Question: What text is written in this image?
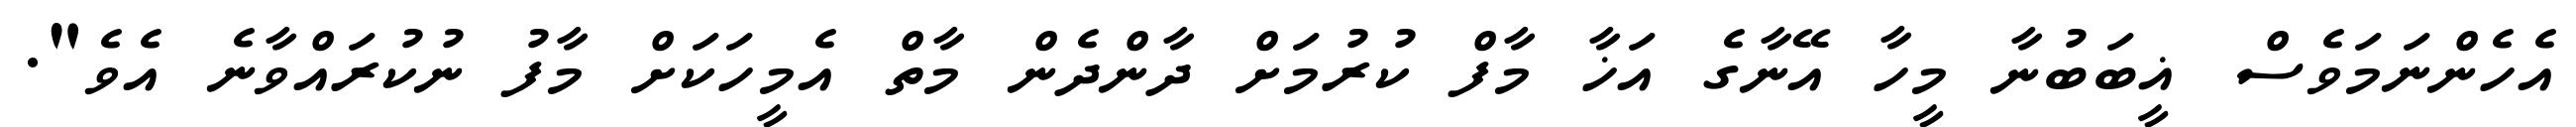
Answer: އެހެންނަމަވެސް ޣީބަބުނާ މީހާ އޭނާގެ އަޚާ މާފް ކުރުމަށް ދާންދެން މާތް އެމީހަކަށް މާފު ނުކުރައްވާނެ އެވެ".